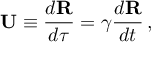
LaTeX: \mathbf { U } \equiv { \frac { d \mathbf { R } } { d \tau } } = \gamma { \frac { d \mathbf { R } } { d t } } \, ,